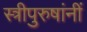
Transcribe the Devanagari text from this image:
स्त्रीपुरुषांनीं